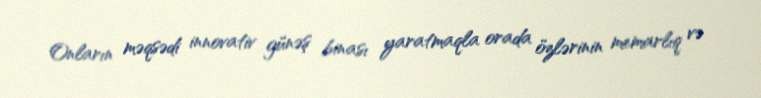
Onların məqsədi innovativ günəş binası yaratmaqla orada özlərinin memarlıq və